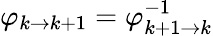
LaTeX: \varphi_{k\to k+1}=\varphi_{k+1\to k}^{-1}